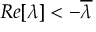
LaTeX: R e [ \lambda ] < - { \overline { { \lambda } } }